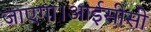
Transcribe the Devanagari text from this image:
जाएगा।आईसीसी